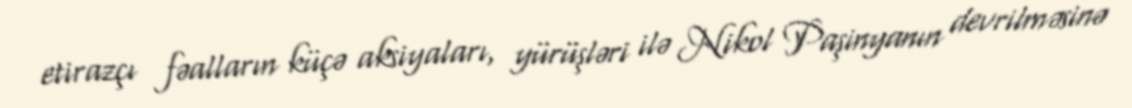
etirazçı fəalların küçə aksiyaları, yürüşləri ilə Nikol Paşinyanın devrilməsinə